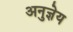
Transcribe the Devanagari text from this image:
अनुज्ञेय